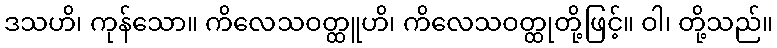
ဒသဟိ၊ ကုန်သော။ ကိလေသဝတ္ထူဟိ၊ ကိလေသဝတ္ထုတို့ဖြင့်။ ဝါ၊ တို့သည်။